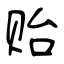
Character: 贻